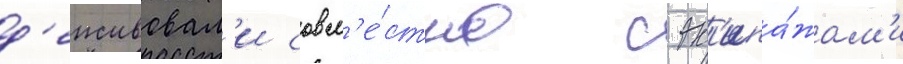
д'еиствовал'и совм'е́стно с эк'ипа́жам'и